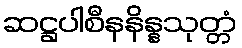
ဆဋ္ဌပါစီနနိန္နသုတ္တံ